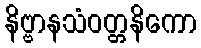
နိဗ္ဗာနသံဝတ္တနိကော